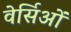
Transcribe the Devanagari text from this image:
वेर्सिओं